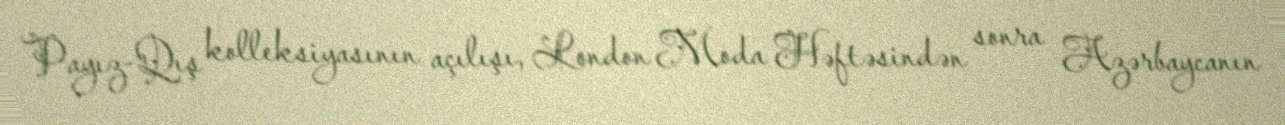
Payız-Qış kolleksiyasının açılışı, London Moda Həftəsindən sonra Azərbaycanın